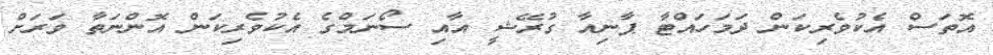
އޮތަސް އެކުވެރިކަން ދަމަހައްޓާ ޕާނިއާ ގުރޭޝީ އާއި ސޯނަމްގެ އެކުވެރިކަން އޮންނަތާ ވަރަށް